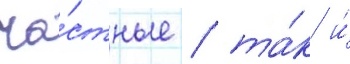
ча́стные / та́к и́